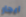
ايجار